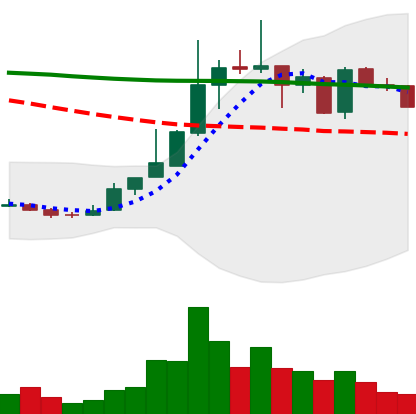
Ticker: TRX-USD
Chart end date: 2018-12-31
Forward return: 18.421%
Label: up_7plus